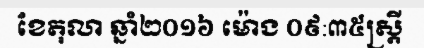
ខែតុលា ឆ្នាំ២០១៦ ម៉ោង ០៩:៣៥ស្ត្រី